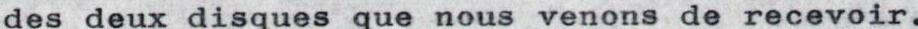
des deux disques que nous venons de recevoir